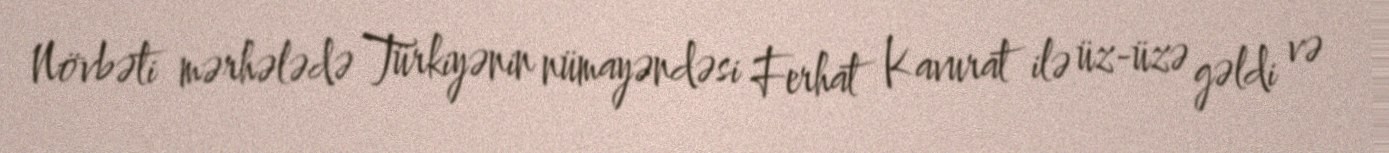
Növbəti mərhələdə Türkiyənin nümayəndəsi Ferhat Kavurat ilə üz-üzə gəldi və